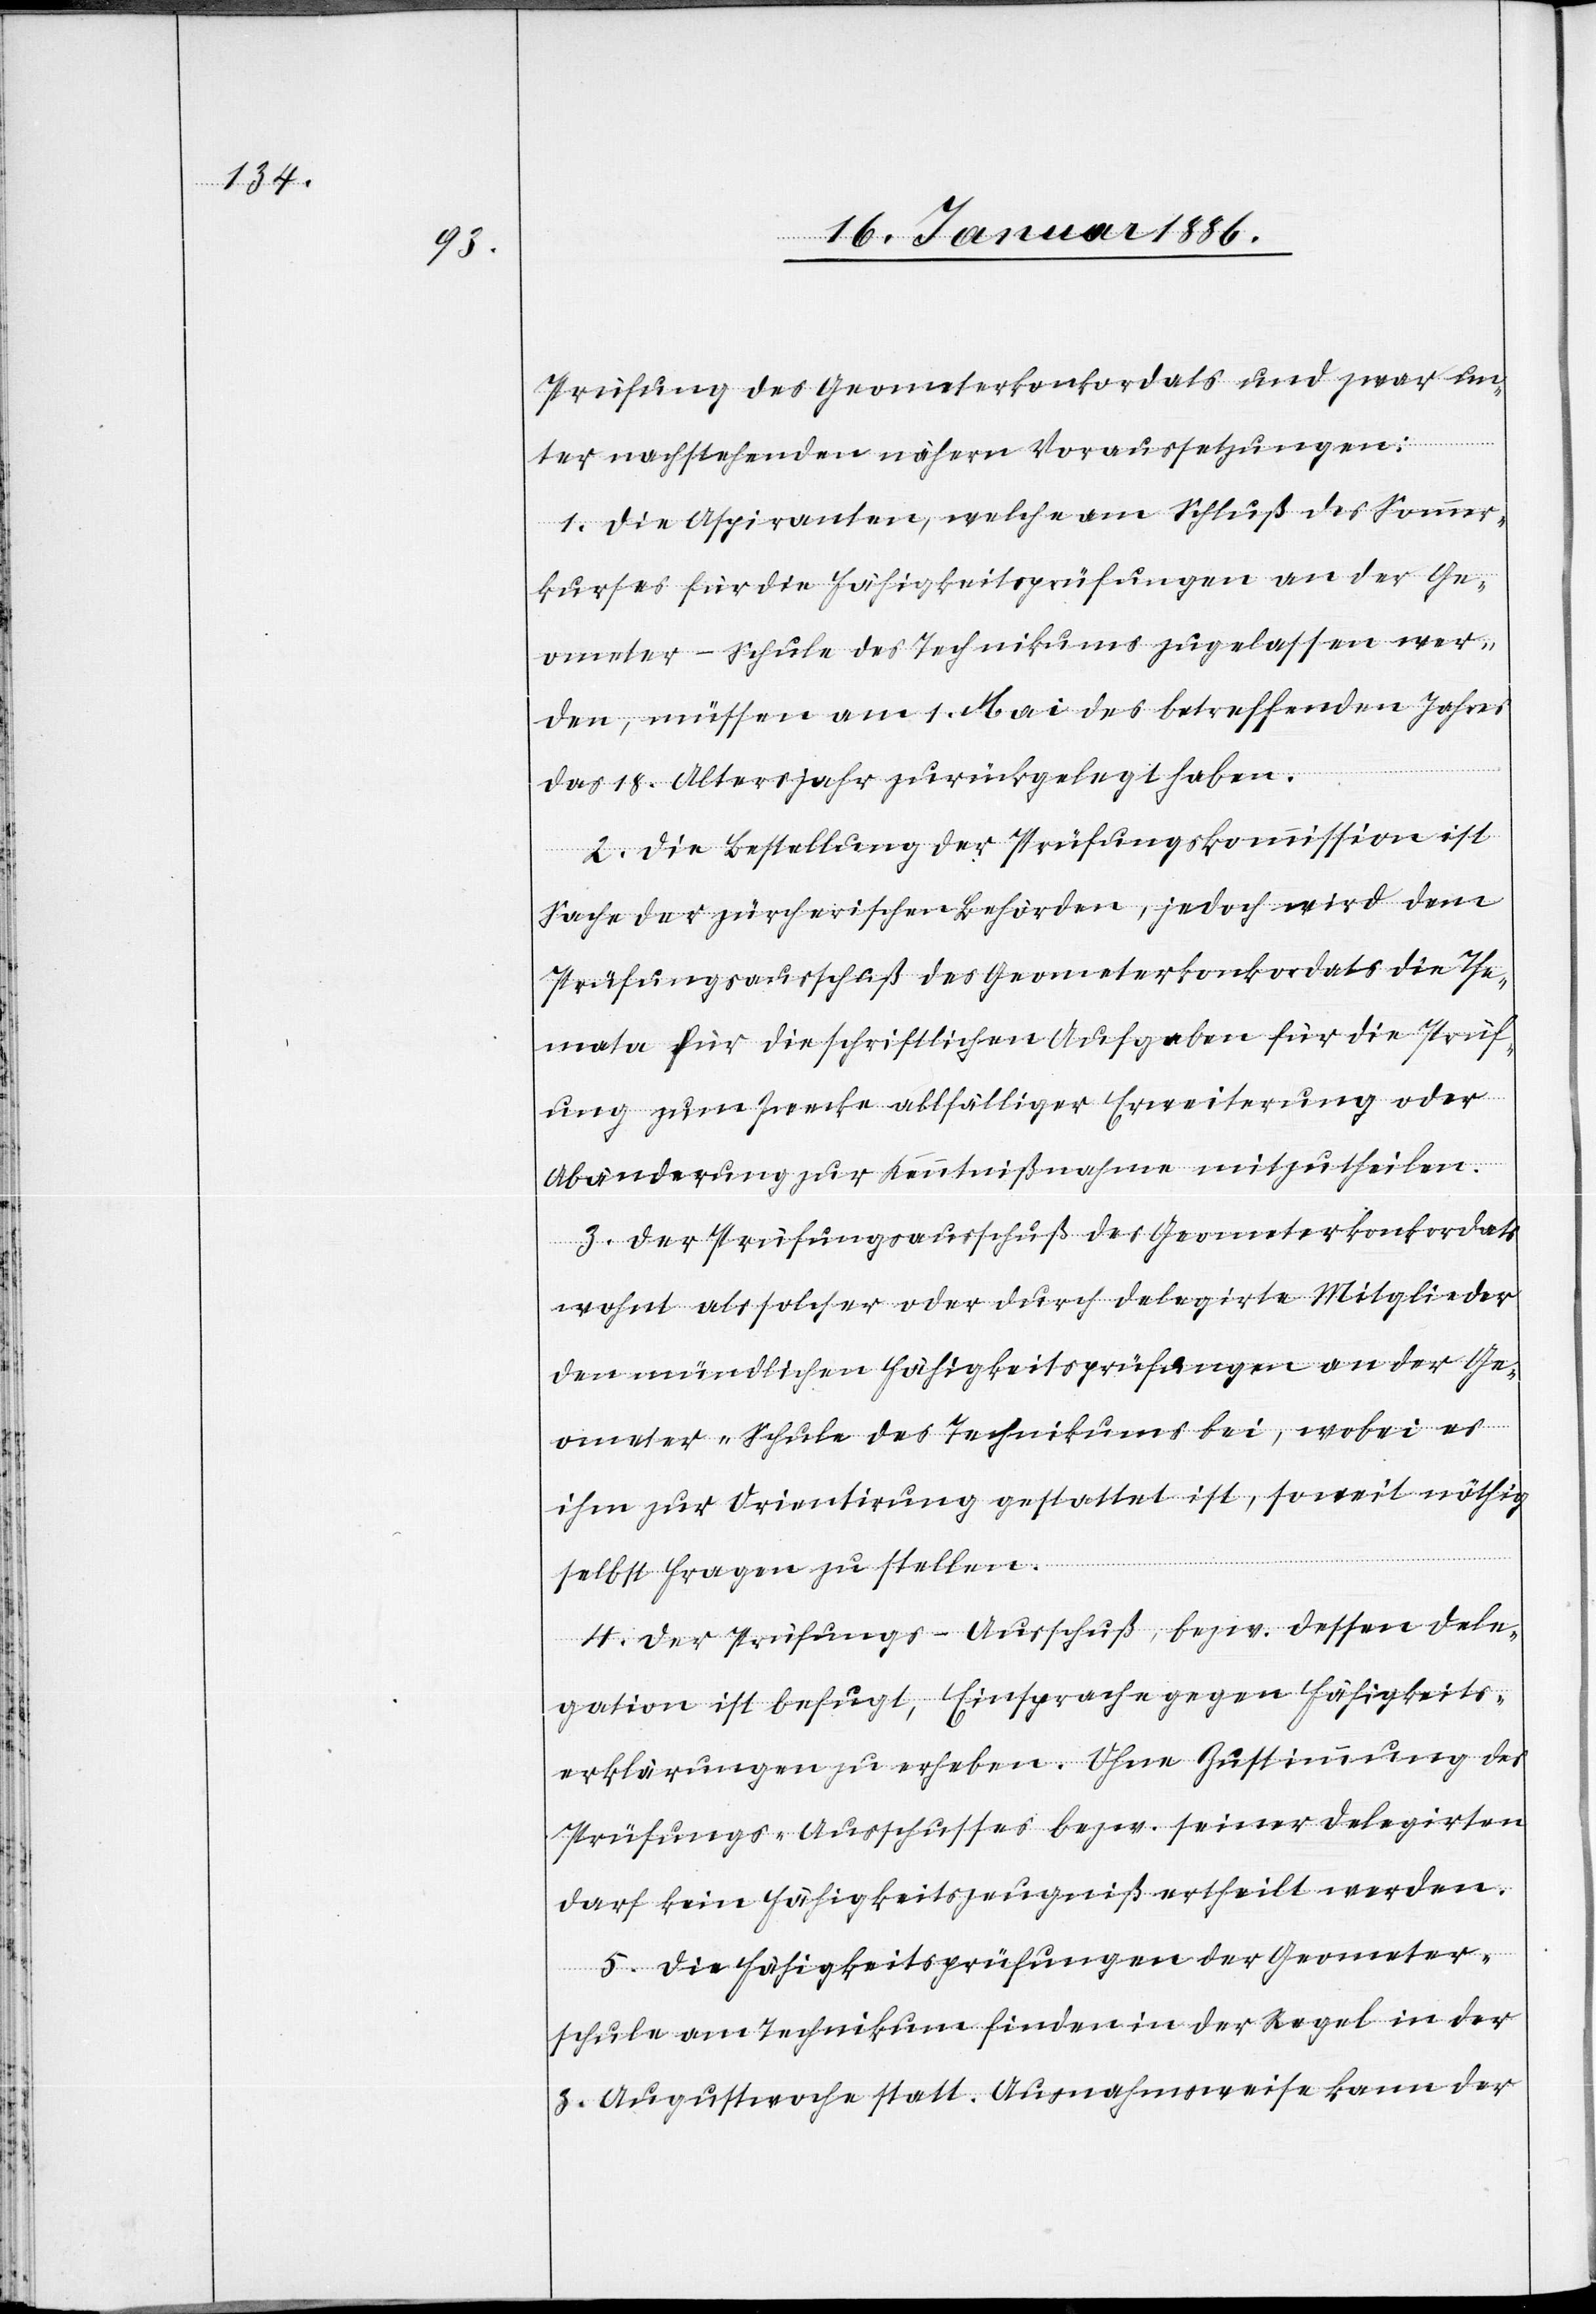
Prüfung des Geometerkonkordates und zwar un¬
ter nachstehenden nähern Voraussetzungen:
1. Die Aspiranten, welche am Schluß des Sommer¬
kurses für die Fähigkeitsprüfungen an der Ge¬
ometer-Schule des Technikums zugelassen wer¬
den, müssen am 1. Mai des betreffenden Jahres
das 18. Altersjahr zurückgelegt haben.
2. Die Bestellung der Prüfungskommission ist
Sache der zürcherischen Behörden, jedoch wird dem
Prüfungsausschuß des Geometerkonkordates die Che¬
mata für die schriftlichen Aufgaben für die Prüf¬
ung zum Zwecke allfälliger Erweiterung oder
Abänderung zur Kenntnißnahmen mitzutheilen.
3. Der Prüfungsausschuß des Geometerkonkordats
wohnt als solcher oder durch delegirte Mitglieder
den mündlichen Fähigkeitsprüfungen an der Ge¬
ometer-Schule des Technikums bei, wobei es
ihm zur Orientierung gestattet ist, soweit nöthig
selbst Fragen zu stellen.
4. Der Prüfungs-Ausschuß, bezw. dessen Dele¬
gation ist befugt, Einsprachen gegen Fähigkeits¬
erklärungen zu erheben. Ihre Zustimmung des
Prüfungs-Ausschusses bezw. seiner Delegirten
darf kein Fähigkeitszeugniß ertheilt werden.
5. Die Fähigkeitsprüfungen der Geometer¬
schule am Technikum finden in der Regel in der
4. Augustwoche statt. Ausnahmsweise kann der